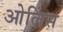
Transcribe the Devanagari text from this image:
ओलिंस